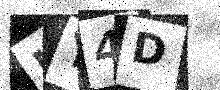
Text: MY4D